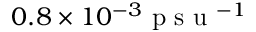
0 . 8 \times 1 0 ^ { - 3 } \mathrm { ~ p ~ s ~ u ~ } ^ { - 1 }